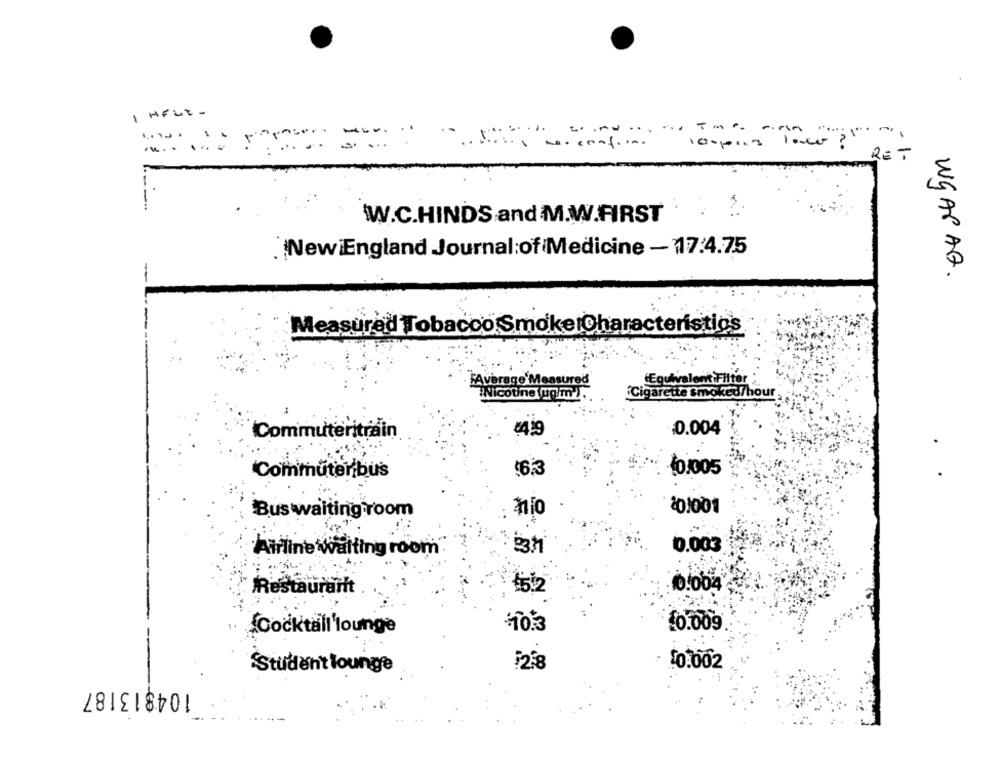
I HELE .
...
.....
. conf ...
100pris los?
RET
WW.C.HINDS and M.W.FIRST
New England Journal of Medicine - 17:4.75
Wg APAD .
Measured Tobacco Smoke Characteristics
(Equivalent Fi
Iter
INicotine ugift
Cigarette smoked/hour,
Commuteritrain
#419
:0.004
Commuteribus
16.3
10.005
Bus waiting room
nio
201001
0.003
Airline waiting room
:10.004
Restaurarit
10.009
Cocktail lounge
1238
10.002
Student lounge
104813187